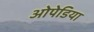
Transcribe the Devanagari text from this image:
ओपेडिया